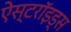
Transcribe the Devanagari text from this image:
ऐस्टरॉइड्स